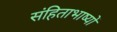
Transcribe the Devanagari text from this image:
संहिताभाष्यों